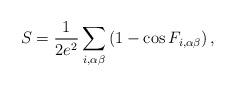
\begin{align*}S=\frac{1}{2e^{2}}\sum_{i,\alpha \beta}\left(1-\cos F_{i,\alpha\beta}\right),\end{align*}